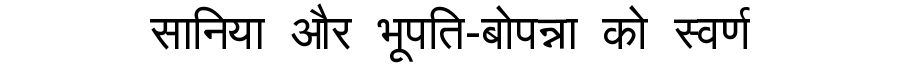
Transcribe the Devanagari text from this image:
सानिया और भूपति-बोपन्ना को स्वर्ण